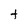
Character: t